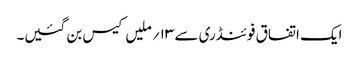
ایک اتفاق فوئنڈری سے ۱۳؍ ملیں کیس بن گئیں۔